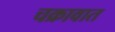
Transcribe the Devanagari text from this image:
चक्रावात